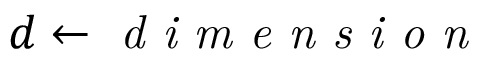
d \gets \textit { d i m e n s i o n }